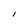
Character: I